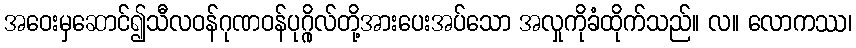
အဝေးမှဆောင်၍သီလဝန်ဂုဏဝန်ပုဂ္ဂိုလ်တို့အားပေးအပ်သော အလှုကိုခံထိုက်သည်။ လ။ လောကဿ၊